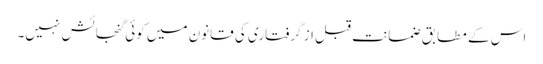
اس کے مطابق ضمانت قبل از گرفتاری کی قانون میں کوئی گنجائش نہیں۔